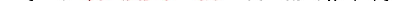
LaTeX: \smash{D_{s}\to\ensuremath{\mathrm{\ textsl{v}}_{0}}^{2}/\gamma_{s}}